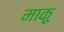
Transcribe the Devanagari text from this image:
माकू